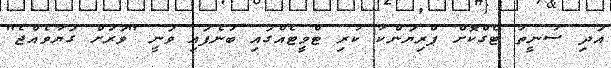
އަދި ސުނީތާ ޓެގްކޮށް ޕްރިޔަންކާ ކުރި ޓްވީޓެއްގައި ބުނެފައި ވަނީ "ވަރަށް ގަޔާވެއްޖެ"